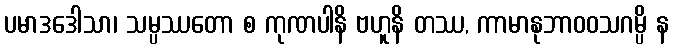
ပမာဒဒေါသာ၊ သမ္ပဿတော စ ကုဏပါနိ ဗဟူနိ တဿ, ကာမာနုဘာဝဝသဂမ္ပိ န